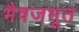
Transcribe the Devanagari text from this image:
भैषजभूत